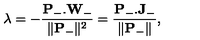
\lambda = - \frac { \mathbf { P } _ { - } . \mathbf { W } _ { - } } { \| \mathbf { P } _ { - } \| ^ { 2 } } = \frac { \mathbf { P } _ { - } . \mathbf { J } _ { - } } { \| \mathbf { P } _ { - } \| } ,